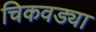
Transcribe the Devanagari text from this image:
चिकवड्या